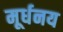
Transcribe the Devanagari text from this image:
मूर्धनय